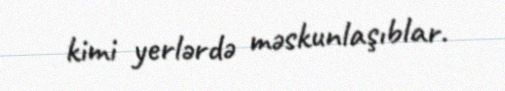
kimi yerlərdə məskunlaşıblar.